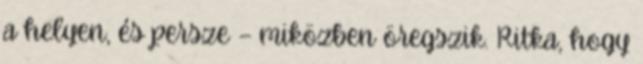
a helyen, és persze — miközben öregszik. Ritka, hogy